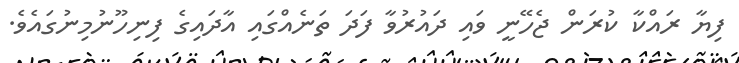
ފިޔާ ރައްކާ ކުރަން ޖެހޭނީ ވައި ދައުރުވާ ފަދަ ތަނެއްގައި އާދައިގެ ފިނިހޫނުމިނުގައެވެ.